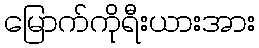
မြောက်ကိုရီးယားအား